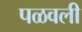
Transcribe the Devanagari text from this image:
पळवली